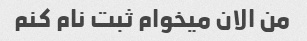
من الان میخوام ثبت نام کنم